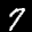
Label: 7